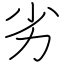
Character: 劣